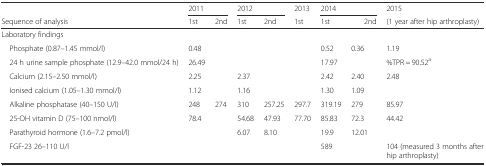
|  | <COLSPAN=2> 2011 | <COLSPAN=2> 2012 | 2013 | <COLSPAN=3> 2014 | 2015 |
 | Sequence of analysis | 1st | 2nd | 1st | 2nd | 1st | <COLSPAN=2> 1st | 2nd | (1 year after hip arthroplasty) |
 | --- | --- | --- | --- | --- | --- | --- | --- | --- | --- |
 | Laboratory findings |  |  |  |  |  |  | <COLSPAN=2>  |  |
 | Phosphate (0.87–1.45 mmol/l) | 0.48 |  |  |  |  | 0.52 | <COLSPAN=2> 0.36 | 1.19 |
 | 24 h urine sample phosphate (12.9–42.0 mmol/24 h) | 26.49 |  |  |  |  | 17.97 | <COLSPAN=2>  | %TPR = 90.52a |
 | Calcium (2.15–2.50 mmol/l) | 2.25 |  | 2.37 |  |  | 2.42 | <COLSPAN=2> 2.40 | 2.48 |
 | Ionised calcium (1.05–1.30 mmol/l) | 1.12 |  | 1.16 |  |  | 1.30 | <COLSPAN=2> 1.09 |  |
 | Alkaline phosphatase (40–150 U/l) | 248 | 274 | 310 | 257.25 | 297.7 | 319.19 | <COLSPAN=2> 279 | 85.97 |
 | 25-OH vitamin D (75–100 nmol/l) | 78.4 |  | 54.68 | 47.93 | 77.70 | 85.83 | <COLSPAN=2> 72.3 | 44.42 |
 | Parathyroid hormone (1.6–7.2 pmol/l) |  |  | 6.07 | 8.10 |  | 19.9 | <COLSPAN=2> 12.01 |  |
 | FGF-23 26–110 U/l |  |  |  |  |  | 589 | <COLSPAN=2>  | 104 (measured 3 months after hip arthroplasty) |